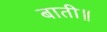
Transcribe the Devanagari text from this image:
बाती॥